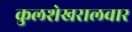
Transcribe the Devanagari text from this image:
कुलशेखरालवार